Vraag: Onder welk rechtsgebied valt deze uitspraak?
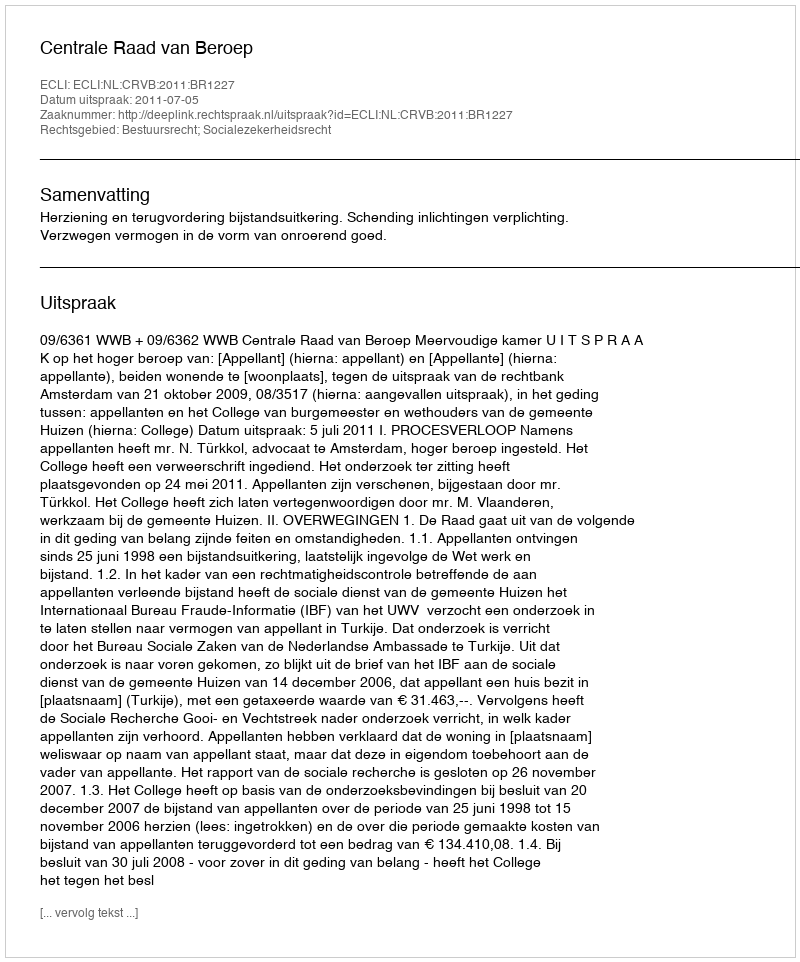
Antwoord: Bestuursrecht; Socialezekerheidsrecht